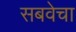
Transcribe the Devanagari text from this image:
सबवेचा